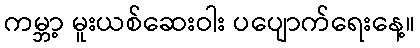
ကမ္ဘာ့ မူးယစ်ဆေးဝါး ပပျောက်ရေးနေ့။